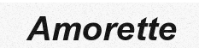
Amorette